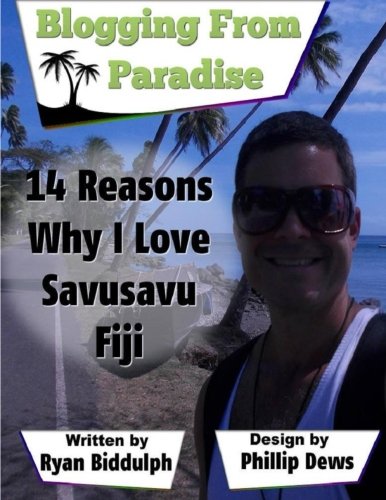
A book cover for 14 Reasons Why I Love Savusavu Fiji; Ryan Biddulph; Travel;